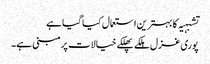
تشبہیہ کا بہترین استعمال کیا گیا ہے
پوری غزل ہلکے پھلکے خیالات پر مبنی ہے۔